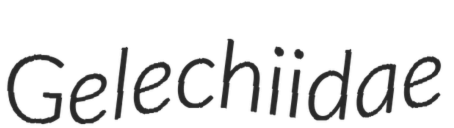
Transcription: Gelechiidae